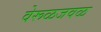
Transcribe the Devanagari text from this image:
वेरूळजवळ